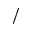
/